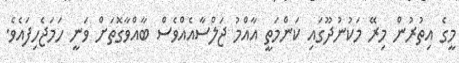
މީގެ އިތުރުން މިރޭ މަކުނުދޫގައި ކަންމަތީ އާއްމު ޖަލްސާއެއްވެސް ބާއްވާގޮތަށް ވަނީ ހަމަޖެހިފައެވެ.